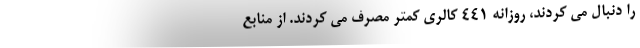
را دنبال می کردند، روزانه 441 کالری کمتر مصرف می کردند. از منابع